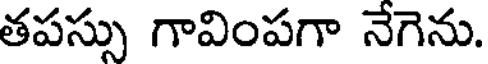
తపస్సు గావింపగా నేగెను.